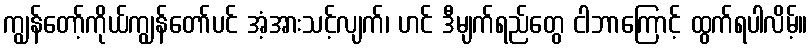
ကျွန်တော့်ကိုယ်ကျွန်တော်ပင် အံ့အားသင့်လျက်၊ ဟင် ဒီမျက်ရည်တွေ ငါဘာကြောင့် ထွက်ရပါလိမ့်။